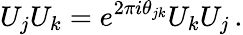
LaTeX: U_{j}U_{k}=e^{2\pi i\theta_{jk}}U_{k}U_{j}\, .